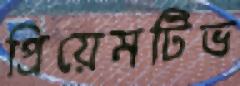
প্রিয়েমটিভ